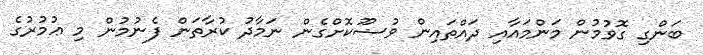
ބަންގި ގޮވުމުން މަންމައާއި ދައްތައިން ވުޟޫކޮށްގެން ނަމާދު ކުރާތަން ފެނުމުން މި ޢުމުރުގެ